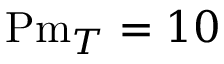
\mathrm { P m } _ { T } = 1 0